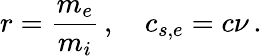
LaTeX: r=\frac{m_{e}}{m_{i}}\, ,\quad c_{s,e}=c\nu\, .